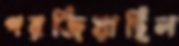
গরজিয়াছিল